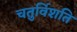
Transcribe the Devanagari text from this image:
चतुर्विशति